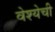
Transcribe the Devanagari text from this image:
वेश्येची